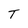
Character: T